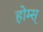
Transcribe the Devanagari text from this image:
होम्स्